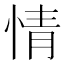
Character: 情